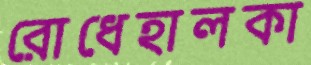
রোধেহালকা